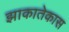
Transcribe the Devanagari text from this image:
झाकातेकास